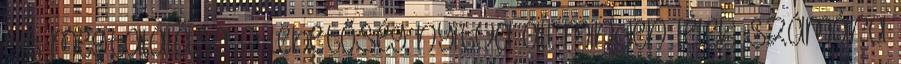
út megtalálása A lehetőség nyitva áll minden lélek számára